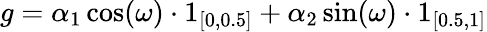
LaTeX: g=\alpha_{1}\cos(\omega)\cdot 1_{[0,0.5]}+\alpha_{2}\sin(\omega)\cdot 1_{[0.5,1]}